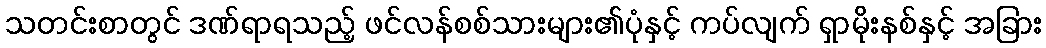
သတင်းစာတွင် ဒဏ်ရာရသည့် ဖင်လန်စစ်သားများ၏ပုံနှင့် ကပ်လျက် ရှာမိုးနစ်နှင့် အခြား